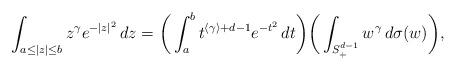
LaTeX: \begin{align*}\int_{a \le |z| \le b}z^\gamma e^{-|z|^2} \, dz=\bigg( \int_a^b t^{\langle \gamma \rangle + d -1} e^{-t^2} \, dt \bigg)\bigg( \int_{S_+^{d-1}} w^\gamma \, d\sigma(w) \bigg),\end{align*}